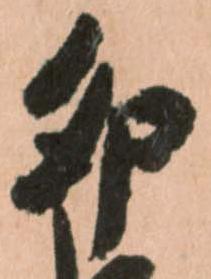
卯